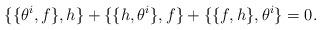
LaTeX: \begin{align*}\{\{\theta^i,f\},h\}+\{\{h,\theta^i\},f\}+\{\{f,h\},\theta^i\}=0.\end{align*}